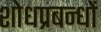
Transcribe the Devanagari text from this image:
शोधप्रबन्धों